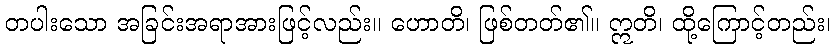
တပါးသော အခြင်းအရာအားဖြင့်လည်း။ ဟောတိ၊ ဖြစ်တတ်၏။ ဣတိ၊ ထို့ကြောင့်တည်း၊